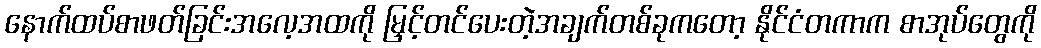
နောက်ထပ်စာဖတ်ခြင်းအလေ့အထကို မြှင့်တင်ပေးတဲ့အချက်တစ်ခုကတော့ နိုင်ငံတကာက စာအုပ်တွေကို